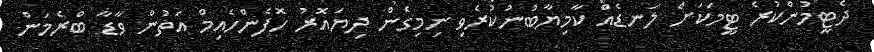
ދެޓީމުންކުރެ ޓީމަކަށް ލަނޑެއް ކާމިޔާބުނުކުރެވި ނިމިގެން ދިޔައޮރު ހޮފެންހެއިމް އަތުން ވާޑާ ބްރެމަން